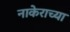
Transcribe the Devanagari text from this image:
नाकेराच्या